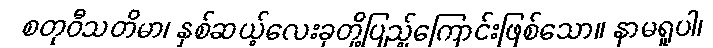
စတုဝီသတိမာ၊ နှစ်ဆယ့်လေးခုတို့ပြည့်ကြောင်းဖြစ်သော။ နာမရူပါ၊